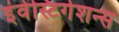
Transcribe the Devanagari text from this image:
इंवेस्टिगेशन्स